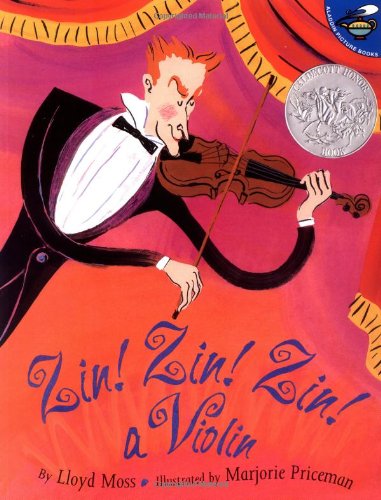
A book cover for Zin! Zin! Zin! A Violin (Aladdin Picture Books); Lloyd Moss; Children's Books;